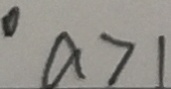
a > 1